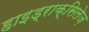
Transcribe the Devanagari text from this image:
हाइड्राक्सिलेज़